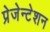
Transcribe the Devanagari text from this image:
प्रेजेन्टेशन